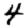
Digit: 4